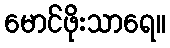
မောင်ဖိုးသာရေ။